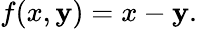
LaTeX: f(x,\mathbf{y})=x-\mathbf{y}.